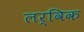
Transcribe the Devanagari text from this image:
लर्विक